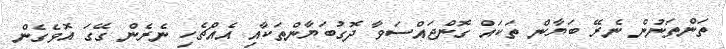
ތަންތަނުން ނެރޭ ބަޔާން ތަކައް ގޮންޖައްސަވާ ދޮގުބަޔާންތަކާއި އެއްޗެހި ނެެެރެން ގޭގަ އޮވެގެން